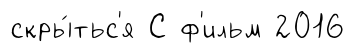
скры́тьс'я С ф'ильм 2016